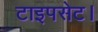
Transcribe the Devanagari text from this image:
टाइपसेट।